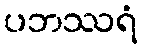
ပဘဿရံ